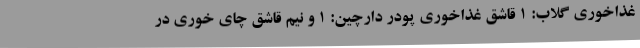
غذاخوری گلاب: ۱ قاشق غذاخوری پودر دارچین: ۱ و نیم قاشق چای خوری در